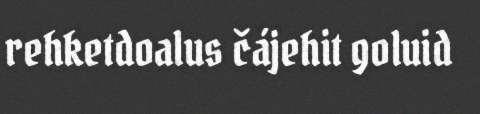
rehketdoalus čájehit goluid